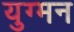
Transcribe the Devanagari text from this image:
युग्‍मन